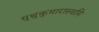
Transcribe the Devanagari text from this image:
मुथुकुमारास्वमि